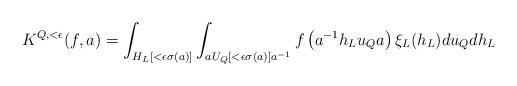
LaTeX: \begin{align*}\displaystyle K^{Q,<\epsilon}(f,a)= \int_{H_L\left[<\epsilon \sigma(a)\right]} \int_{aU_Q\left[<\epsilon \sigma(a) \right]a^{-1}} f\left(a^{-1} h_L u_Q a\right) \xi_L(h_{L}) du_Q dh_{L}\end{align*}